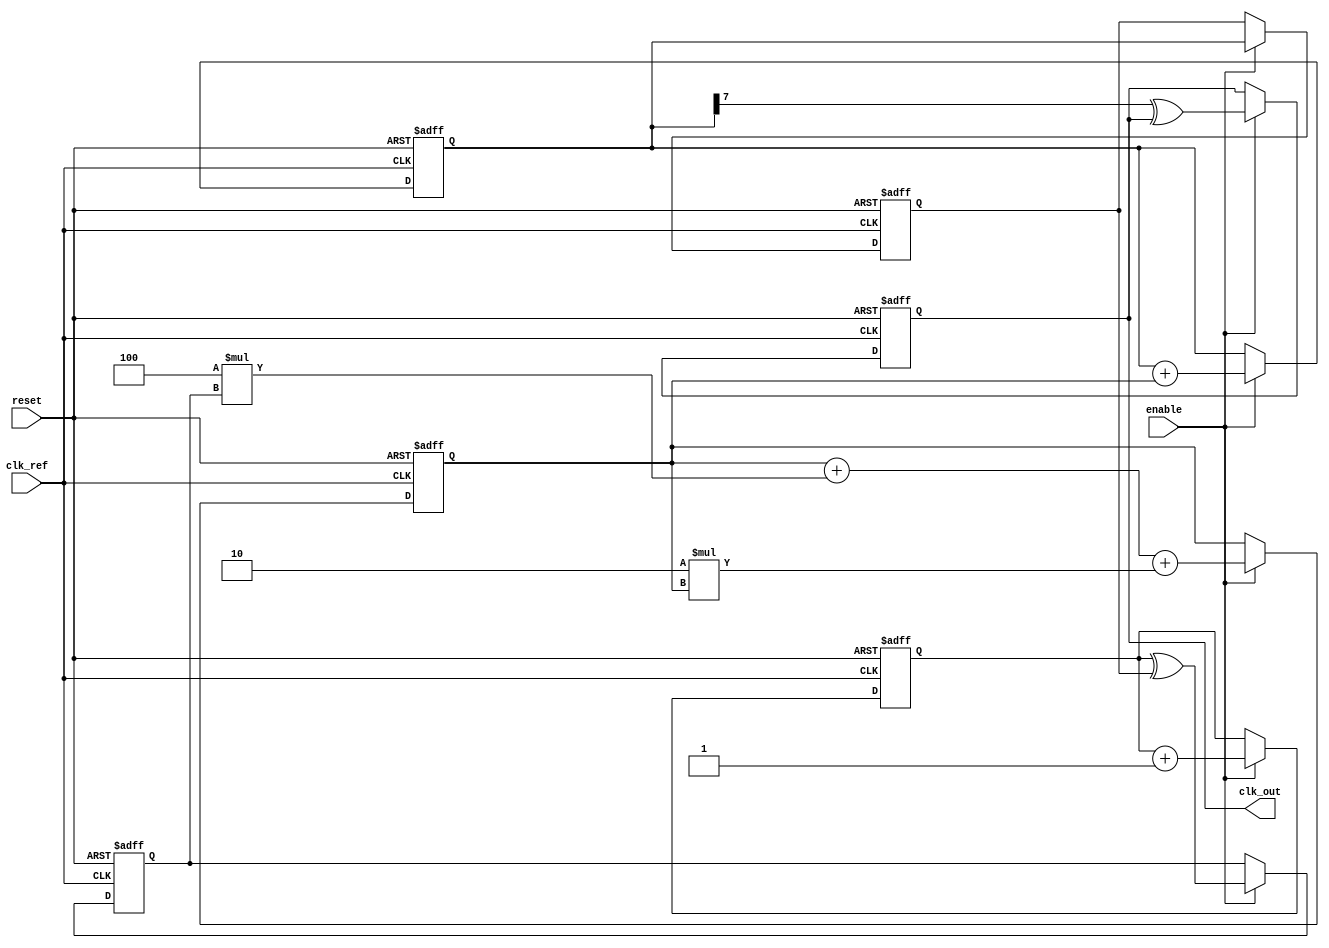
module ADPLL (
    input wire clk_ref,          // Reference clock input
    input wire reset,            // Reset signal
    input wire enable,           // Enable signal
    output reg clk_out           // Output clock signal
);

// Parameters
parameter N = 8;                // Number of bits for phase comparison
parameter Kp = 4;               // Proportional gain
parameter Ki = 2;               // Integral gain

// Internal signals
reg [N-1:0] phase_ref;          // Phase of reference clock
reg [N-1:0] phase_fb;           // Phase of feedback clock
reg [N-1:0] phase_error;        // Phase error signal
reg [N-1:0] control_signal;     // Control signal for VCO
reg [N-1:0] vco_count;          // VCO counter
reg [N-1:0] loop_filter;        // Loop filter output
reg [N-1:0] memory_block;       // Memory block for phase information

// Phase Detector
always @(posedge clk_ref or posedge reset) begin
    if (reset) begin
        phase_ref <= 0;
        phase_fb <= 0;
        phase_error <= 0;
    end else if (enable) begin
        // Simulate phase detection (simple XOR for demonstration)
        phase_ref <= phase_ref + 1;
        phase_fb <= vco_count; // Feedback from VCO
        phase_error <= phase_ref ^ phase_fb; // Phase error calculation
    end
end

// Loop Filter (PI Filter)
always @(posedge clk_ref or posedge reset) begin
    if (reset) begin
        loop_filter <= 0;
    end else if (enable) begin
        loop_filter <= loop_filter + (Kp * phase_error) + (Ki * loop_filter);
    end
end

// Voltage-Controlled Oscillator (VCO)
always @(posedge clk_ref or posedge reset) begin
    if (reset) begin
        vco_count <= 0;
        clk_out <= 0;
    end else if (enable) begin
        // Adjust VCO frequency based on control signal
        vco_count <= vco_count + loop_filter;
        clk_out <= (vco_count[N-1] ^ clk_out); // Toggle output based on VCO count
    end
end

// Memory Block (for storing phase information)
always @(posedge clk_ref or posedge reset) begin
    if (reset) begin
        memory_block <= 0;
    end else if (enable) begin
        memory_block <= phase_error; // Store phase error in memory
    end
end

endmodule